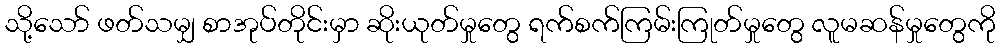
သို့သော် ဖတ်သမျှ စာအုပ်တိုင်းမှာ ဆိုးယုတ်မှုတွေ ရက်စက်ကြမ်းကြုတ်မှုတွေ လူမဆန်မှုတွေကို